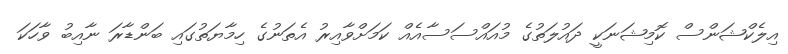
އިލެކްޝަންސް ކޮމިޝަނަކީ ދައުލަތުގެ މުއައްސަސާއެއް ކަމަށްވާއިރު އެތަނުގެ ހިމާޔަތުގައި ބަންޑާރަ ނާއިބު ވާހަކަ